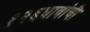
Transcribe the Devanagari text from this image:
१२६धावांची